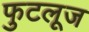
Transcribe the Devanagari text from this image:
फुटलूज